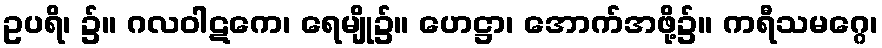
ဥပရိ၊ ၌။ ဂလဝါဋကေ၊ ရေမျို၌။ ဟေဋ္ဌာ၊ အောက်အဖို့၌။ ကရီသမဂ္ဂေ၊